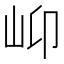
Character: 𡵙